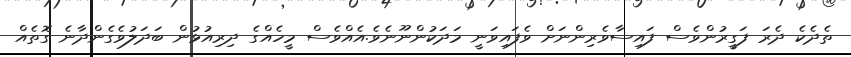
ތެދެކެ ދެރަ ފަގީރުންވެސް ފައިސާވެރިންނަށް ވެފައިވަނީ މަދަކުންނޫނެވެ.އެއްވެސް މީހެއްގެ ދިރިއުޅުން ބަދަލުވެގެންދާނެ ގޮތެއް